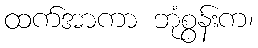
ထက်အာကာ ဘုံစွန်းက၊